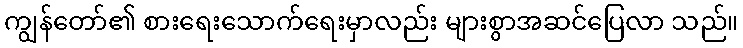
ကျွန်တော်၏ စားရေးသောက်ရေးမှာလည်း များစွာအဆင်ပြေလာ သည်။